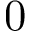
0